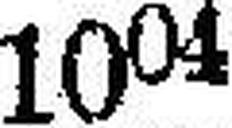
1004